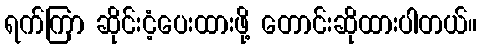
ရက်ကြာ ဆိုင်းငံ့ပေးထားဖို့ တောင်းဆိုထားပါတယ်။